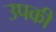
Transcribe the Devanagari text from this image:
उपकी